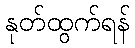
နုတ်ထွက်ရန်